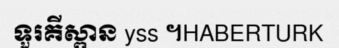
ទួរគីស្ពាន yss ។HABERTURK